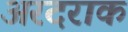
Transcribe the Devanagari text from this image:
अरदराक